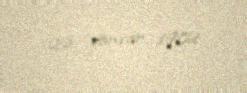
26 yanvar 1982